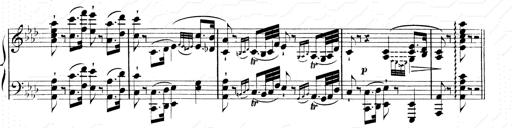
Title: 2 Transcriptions d'aprÃ¨s Rossini
Composer: Franz Liszt